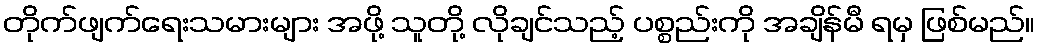
တိုက်ဖျက်ရေးသမားများ အဖို့ သူတို့ လိုချင်သည့် ပစ္စည်းကို အချိန်မီ ရမှ ဖြစ်မည်။